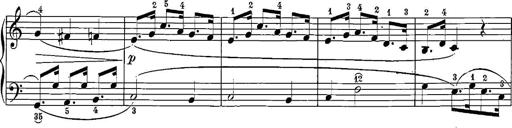
Title: 12 Sonatinas
Composer: Ignaz Pleyel